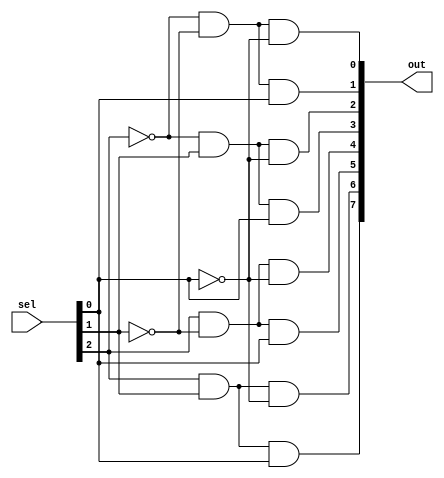
`timescale 1ns/1ps

module Decoder_3x8 (out, sel);

input [3-1:0] sel;
output [8-1:0] out;

wire [3-1:0] sel_n;

not not0 (sel_n[0], sel[0]);
not not1 (sel_n[1], sel[1]);
not not2 (sel_n[2], sel[2]);

and and0 (out[0], sel_n[2], sel_n[1], sel_n[0]);
and and1 (out[1], sel_n[2], sel_n[1], sel[0]);
and and2 (out[2], sel_n[2], sel[1], sel_n[0]);
and and3 (out[3], sel_n[2], sel[1], sel[0]);
and and4 (out[4], sel[2], sel_n[1], sel_n[0]);
and and5 (out[5], sel[2], sel_n[1], sel[0]);
and and6 (out[6], sel[2], sel[1], sel_n[0]);
and and7 (out[7], sel[2], sel[1], sel[0]);

endmodule